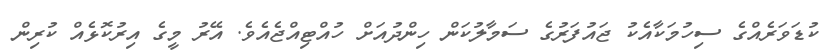
ކުޑަވަރެއްގެ ސިހުމަކާއެކު ޖައުފަރުގެ ސަމާލުކަން ހިންދުއަށް ހުއްޓިއްޖެއެވެ. އޭރު މީގެ އިރުކޮޅެއް ކުރިން